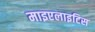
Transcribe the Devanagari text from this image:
माइएलाइटिस